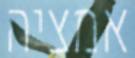
אמציה